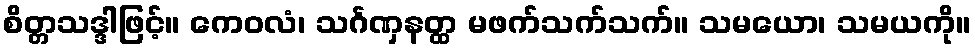
စိတ္တသဒ္ဒါဖြင့်။ ကေဝလံ၊ သင်္ဂဏှနတ္ထ မဖက်သက်သက်။ သမယော၊ သမယကို။